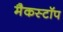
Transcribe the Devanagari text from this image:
मैकस्टॉप